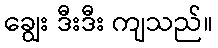
ချွေး ဒီးဒီး ကျသည်။